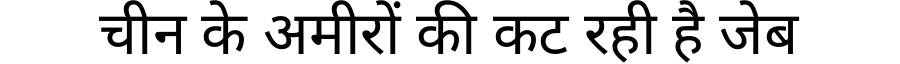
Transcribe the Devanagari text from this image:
चीन के अमीरों की कट रही है जेब